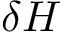
\delta H